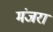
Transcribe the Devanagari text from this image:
मंजरा